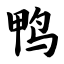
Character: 鸭